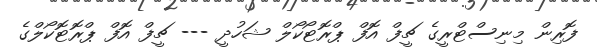
ފޮރިން މިނިސްޓްރީގެ ޗީފް އޮފް ޕްރޮޓޯކޯލް ޝަހުދީ --- ޗީފް އޮފް ޕްރޮޓޮކޯލްގެ